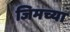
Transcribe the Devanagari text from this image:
जिमच्या